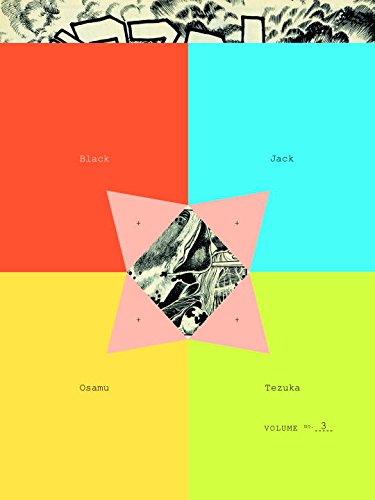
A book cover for Black Jack, Vol. 3; Osamu Tezuka; Comics & Graphic Novels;